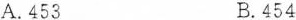
A.453 B.454